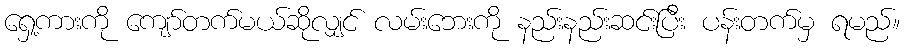
ရှေ့ကားကို ကျော်တက်မယ်ဆိုလျှင် လမ်းဘေးကို နည်းနည်းဆင်းပြီး ပန်းတက်မှ ရမည်။